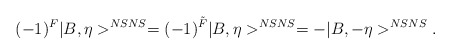
\begin{align*}(-1)^{F}|B, \eta>^{NSNS}=(-1)^{\tilde{F}}|B, \eta>^{NSNS}=-|B, -\eta>^{NSNS}.\end{align*}